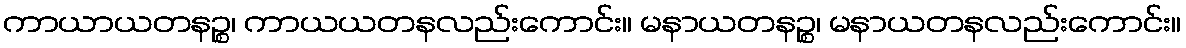
ကာယာယတနဉ္စ၊ ကာယယတနလည်းကောင်း။ မနာယတနဉ္စ၊ မနာယတနလည်းကောင်း။